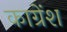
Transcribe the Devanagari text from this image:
काग्रेंश